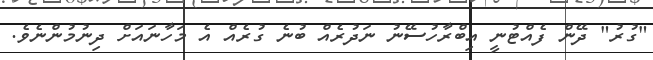
"ގުރު" ދޭން ފެއްޓުނީ އިބްރާހުސޭނު ނަދުރެއް ބުނެ ގުރެއް އެ މަހާނައަށް ދިނުމުންނެވެ.